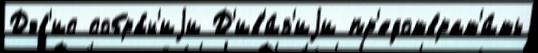
Дэв'ис собра́н'иjи Д'ив'и́з'иjи пр'едотврат'и́ть